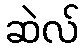
ဆဲလ်